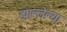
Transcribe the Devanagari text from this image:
झाल्लेल्या